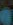
و